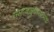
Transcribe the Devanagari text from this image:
समाजसुधारात्मक